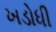
ખડોધી